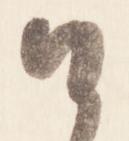
候